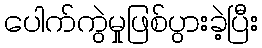
ပေါက်ကွဲမှုဖြစ်ပွားခဲ့ပြီး